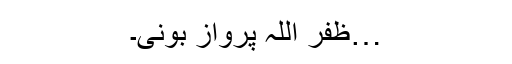
…ظفر اللہ پروازؔ بونی۔